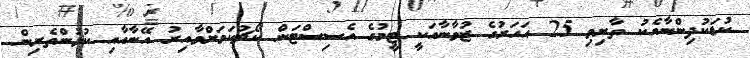
ކުޑަކުދިންނާއެކު ތާށިވި 25 އަހަރުގެ ޒުވާނާއަކީ ޓީމުގެ އެސިސްޓަން ކޯޗުކަމަށްވާއިރު އޭނާއާއި ކުޅުންތެރިން